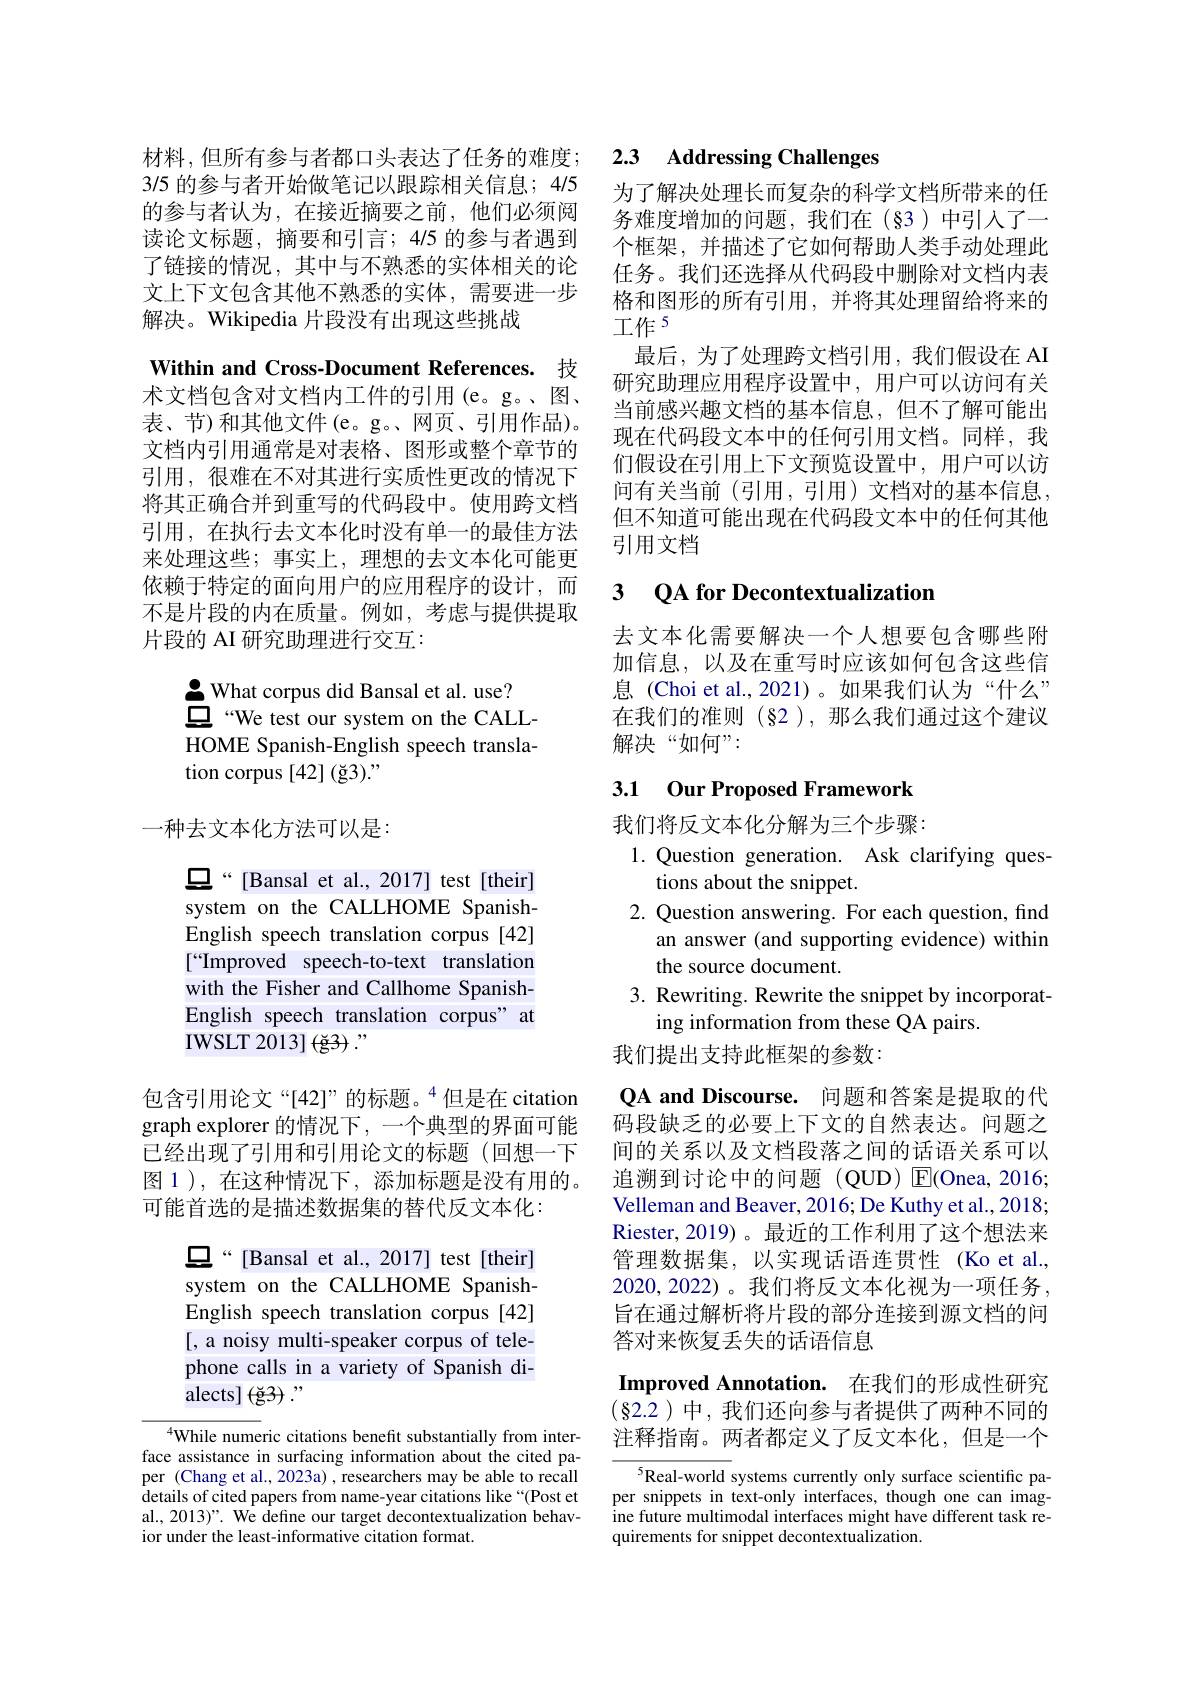
3/5 的参与者开始做笔记以跟踪相关信息；4/5的参与者认为，在接近摘要之前，他们必须阅读论文标题，摘要和引言；4/5 的参与者遇到了链接的情况，其中与不熟悉的实体相关的论文上下文包含其他不熟悉的实体，需要进一步解决。Wikipedia 片段没有出现这些挑战

Within and Cross-Document References. 技术文档包含对文档内工件的引用(e。g。、图、 表、节)和其他文件(e。g。网页、引用作品)。文档内引用通常是对表格、图形或整个章节的引用，很难在不对其进行实质性更改的情况下将其正确合并到重写的代码段中。使用跨文档引用，在执行去文本化时没有单一的最佳方法来处理这些；事实上，理想的去文本化可能更依赖于特定的面向用户的应用程序的设计，而不是片段的内在质量。例如，考虑与提供提取片段的 AI 研究助理进行交互：

$\underline{\bullet}$ What corpus did Bansal et al. use?
$\bar{\boldsymbol{\square}}$ “We test our system on the CALLHOME Spanish-English speech translation corpus [42] (ğ3)."

一种去文本化方法可以是：

$\square“[$Bansal et al.,2017] test[their] system on the CALLHOME SpanishEnglish speech translation corpus [42] [“Improved speech-to-text translation with the Fisher and Callhome SpanishEnglish speech translation corpus" at IWSLT 2013] $( \breve{\mathrm{g} } 3)$ $. ”$

包含引用论文“[42]”的标题。“但是在 citation graph explorer 的情况下，一个典型的界面可能已经出现了引用和引用论文的标题(回想一下图 1 ), 在这种情况下 , 添加标题是没有用的。可能首选的是描述数据集的替代反文本化：

$\square“[$Bansal et al.,2017] test[their]

system on the CALLHOME Spanish-

English speech translation corpus [42]

[ a noisy multi-speaker corpus of tele-

phone calls in a variety of Spanish di-

alects] (ğ$3):"$

$^{4}$While numeric citations benefit substantially from interface assistance in surfacing information about the cited paper (Chang et al., 2023a) , researchers may be able to recall details of cited papers from name-year citations like“(Post et al., 2013)". We define our target decontextualization behavior under the least-informative citation format.

## 材料，但所有参与者都口头表达了任务的难度；2.3 AddressingChallenges

为了解决处理长而复杂的科学文档所带来的任务难度增加的问题，我们在(§3)中引入了一个框架，并描述了它如何帮助人类手动处理此任务。我们还选择从代码段中删除对文档内表格和图形的所有引用，并将其处理留给将来的工作$^{5}$
最后，为了处理跨文档引用，我们假设在 AI 研究助理应用程序设置中，用户可以访问有关当前感兴趣文档的基本信息，但不了解可能出现在代码段文本中的任何引用文档。同样，我们假设在引用上下文预览设置中，用户可以访问有关当前(引用，引用)文档对的基本信息， 但不知道可能出现在代码段文本中的任何其他引用文档

## 3 $\textbf{QA for Decontextualization}$

去文本化需要解决一个人想要包含哪些附加信息，以及在重写时应该如何包含这些信息 (Choi et al.,2021)。如果我们认为“什么” 在我们的准则(§2),那么我们通过这个建议解决“如何”:

# 3.1 Our Proposed Framework

我们将反文本化分解为三个步骤：
1. Question generation. Ask clarifying ques-
tions about the snippet.
2. Question answering. For each question, find
an answer ( and supporting evidence) within
the source document.
3. Rewriting. Rewrite the snippet by incorporat-
ing information from these QA pairs.
我们提出支持此框架的参数：

QA and Discourse. 问题和答案是提取的代码段缺乏的必要上下文的自然表达。问题之间的关系以及文档段落之间的话语关系可以追溯到讨论中的问题(QUD) $\operatorname{E}($Onea,2016; Velleman and Beaver, 2016; De Kuthy et al., 2018; Riester,2019)。最近的工作利用了这个想法来管理数据集，以实现话语连贯性(Ko et al. 2020,2022) 。我们将反文本化视为一项任务， 旨在通过解析将片段的部分连接到源文档的问答对来恢复丢失的话语信息

Improved Annotation. 在我们的形成性研究$(\S$2.2)中，我们还向参与者提供了两种不同的注释指南。两者都定义了反文本化，但是一个

$^{5}$Real-world systems currently only surface scientific paper snippets in text-only interfaces, though one can imagine future multimodal interfaces might have different task requirements for snippet decontextualization.